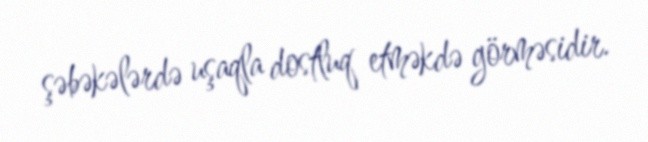
şəbəkələrdə uşaqla dostluq etməkdə görməsidir.